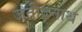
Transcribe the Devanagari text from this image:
जतींद्रनाथ